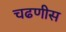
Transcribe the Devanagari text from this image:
चढणीस